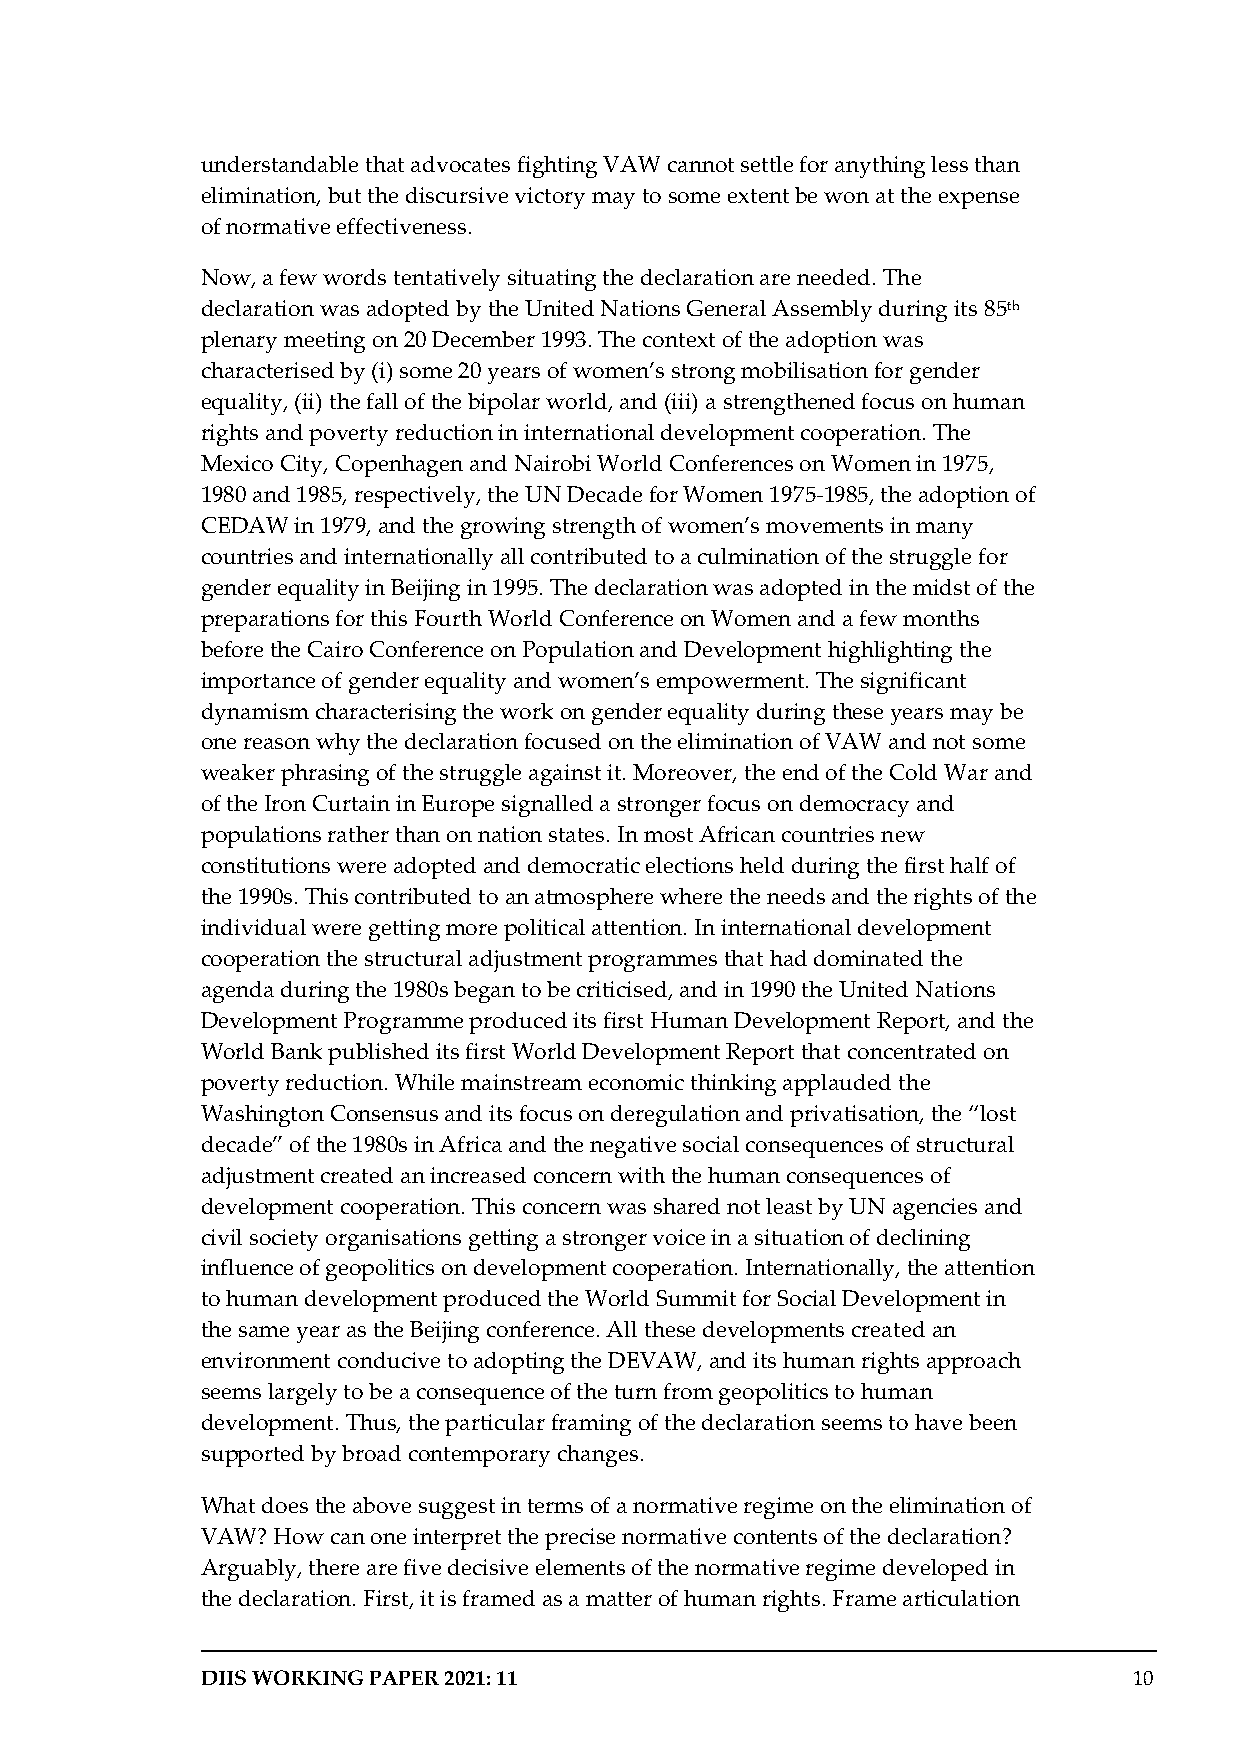
understandable that advocates fighting VAW cannot settle for anything less than
 elimination, but the discursive victory may to some extent be won at the expense
 of normative effectiveness.
 Now, a few words tentatively situating the declaration are needed. The
 declaration was adopted by the United Nations General Assembly during its 85th
 plenary meeting on 20 December 1993. The context of the adoption was
 characterised by (i) some 20 years of women’s strong mobilisation for gender
 equality, (ii) the fall of the bipolar world, and (iii) a strengthened focus on human
 rights and poverty reduction in international development cooperation. The
 Mexico City, Copenhagen and Nairobi World Conferences on Women in 1975,
 1980 and 1985, respectively, the UN Decade for Women 1975-1985, the adoption of
 CEDAW  in 1979, and the growing strength of women’s movements in many
 countries and internationally all contributed to a culmination of the struggle for
 gender equality in Beijing in 1995. The declaration was adopted in the midst of the
 preparations for this Fourth World Conference on Women and a few months
 before the Cairo Conference on Population and Development highlighting the
 importance of gender equality and women’s empowerment. The significant
 dynamism characterising the work on gender equality during these years may be
 one reason why the declaration focused on the elimination of VAW and not some
 weaker phrasing of the struggle against it. Moreover, the end of the Cold War and
 of the Iron Curtain in Europe signalled a stronger focus on democracy and
 populations rather than on nation states. In most African countries new
 constitutions were adopted and democratic elections held during the first half of
 the 1990s. This contributed to an atmosphere where the needs and the rights of the
 individual were getting more political attention. In international development
 cooperation the structural adjustment programmes that had dominated the
 agenda during the 1980s began to be criticised, and in 1990 the United Nations
 Development Programme produced its first Human Development Report, and the
 World Bank published its first World Development Report that concentrated on
 poverty reduction. While mainstream economic thinking applauded the
 Washington Consensus and its focus on deregulation and privatisation, the “lost
 decade” of the 1980s in Africa and the negative social consequences of structural
 adjustment created an increased concern with the human consequences of
 development cooperation. This concern was shared not least by UN agencies and
 civil society organisations getting a stronger voice in a situation of declining
 influence of geopolitics on development cooperation. Internationally, the attention
 to human development produced the World Summit for Social Development in
 the same year as the Beijing conference. All these developments created an
 environment conducive to adopting the DEVAW, and its human rights approach
 seems largely to be a consequence of the turn from geopolitics to human
 development. Thus, the particular framing of the declaration seems to have been
 supported by broad contemporary changes.
 What does the above suggest in terms of a normative regime on the elimination of
 VAW? How can one interpret the precise normative contents of the declaration?
 Arguably, there are five decisive elements of the normative regime developed in
 the declaration. First, it is framed as a matter of human rights. Frame articulation
 DIIS WORKING PAPER 2021: 11                                   10